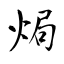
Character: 焗